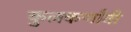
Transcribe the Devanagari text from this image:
कुलकर्णांनी